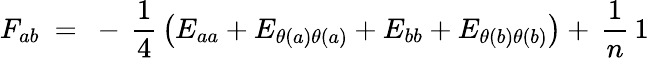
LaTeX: F_{ab}~=~-\, {\frac{1}{4}}\left(E_{aa}+E_{\theta(a)\theta(a)}+E_{bb}+E_{\theta(b)\theta(b)}\right)+\, {\frac{1}{n}}\, 1